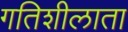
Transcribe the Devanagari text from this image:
गतिशीलाता